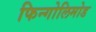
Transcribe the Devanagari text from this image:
फिन्गोलिमोड